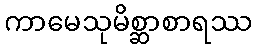
ကာမေသုမိစ္ဆာစာရဿ